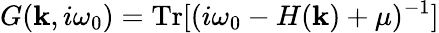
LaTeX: G({\mathbf{k}},i\omega_{0})=\operatorname{Tr}[(i\omega_{0}-H({\mathbf{k}})+\mu)^{-1}]